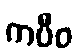
ကပီဝ